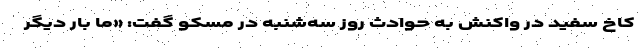
کاخ سفید در واکنش به حوادث روز سه‌شنبه در مسکو گفت: «ما بار دیگر